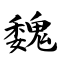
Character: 魏